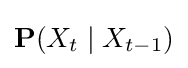
\mathbf {P} (X_{t}\mid X_{t-1})